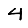
Digit: 4